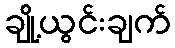
ချို့ယွင်းချက်